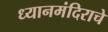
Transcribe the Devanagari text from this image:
ध्यानमंदिराचे